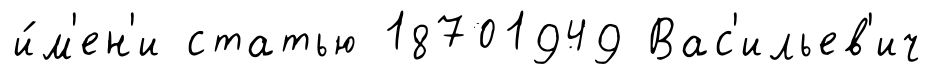
и́м'ен'и статью 18701949 Вас'ильев'ич